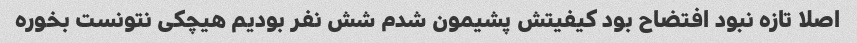
اصلا تازه نبود افتضاح بود کیفیتش پشیمون شدم شش نفر بودیم هیچکی نتونست بخوره